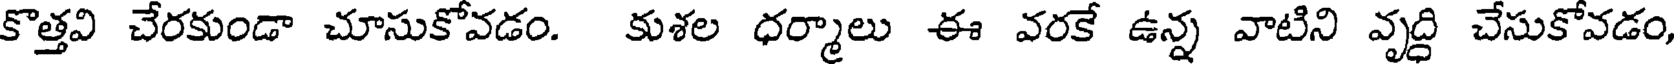
కొత్తవి చేరకుండా చూసుకోవడం. కుశల ధర్మాలు ఈ వరకే ఉన్న వాటిని వృద్ధి చేసుకోవడం,